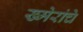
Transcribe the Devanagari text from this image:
ख्मेरांचे